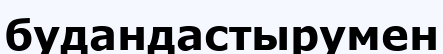
будандастырумен